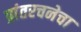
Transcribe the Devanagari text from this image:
प्रांतरचनेचा